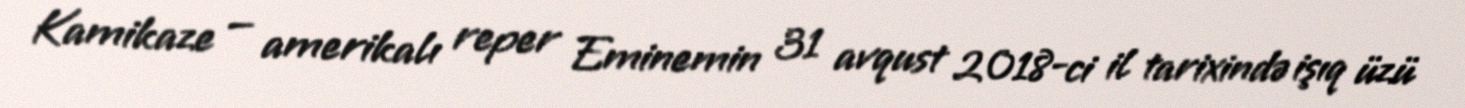
Kamikaze — amerikalı reper Eminemin 31 avqust 2018-ci il tarixində işıq üzü